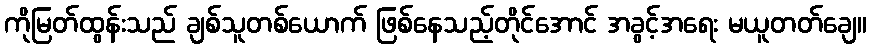
ကိုမြတ်ထွန်းသည် ချစ်သူတစ်ယောက် ဖြစ်နေသည့်တိုင်အောင် အခွင့်အရေး မယူတတ်ချေ။